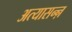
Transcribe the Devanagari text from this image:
अत्यासन्ऩ